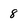
Character: 8